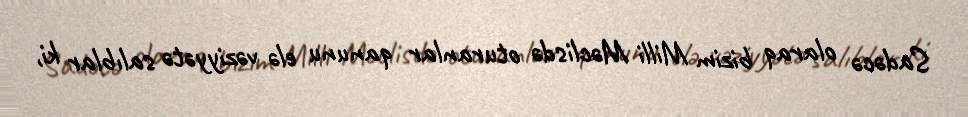
Sadəcə olaraq bizim Milli Məclisdə oturanlar qanunu elə vəziyyətə salıblar ki,